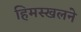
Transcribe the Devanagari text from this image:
हिमस्खलने